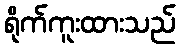
ရိုက်ကူးထားသည်